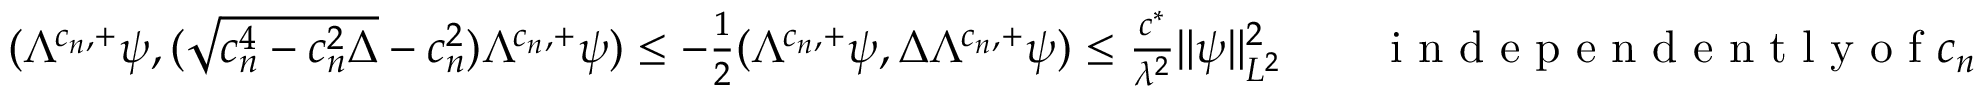
\begin{array} { r } { ( \Lambda ^ { c _ { n } , + } \psi , ( \sqrt { c _ { n } ^ { 4 } - c _ { n } ^ { 2 } \Delta } - c _ { n } ^ { 2 } ) \Lambda ^ { c _ { n } , + } \psi ) \leq - \frac { 1 } { 2 } ( \Lambda ^ { c _ { n } , + } \psi , \Delta \Lambda ^ { c _ { n } , + } \psi ) \leq \frac { c ^ { * } } { \lambda ^ { 2 } } \| \psi \| _ { L ^ { 2 } } ^ { 2 } \qquad \textrm { i n d e p e n d e n t l y o f } c _ { n } } \end{array}